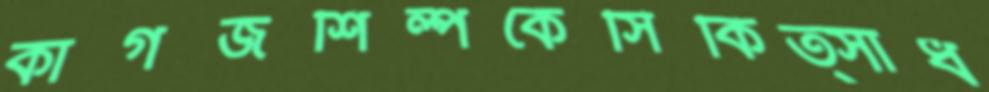
কাগজশিল্পকেসিকিত্সাধ